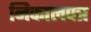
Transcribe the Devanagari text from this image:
निकालपत्र